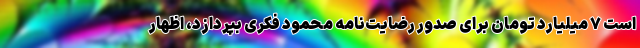
است ٧ میلیارد تومان برای صدور رضایت‌نامه محمود فکری بپردازد، اظهار